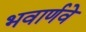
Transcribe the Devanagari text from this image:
भवार्णवे